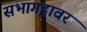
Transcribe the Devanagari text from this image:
सभागृहावर